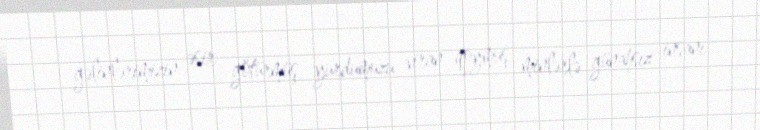
gəlinlərimizin əsir götürmüş, yurdumuzu viran qoymuş, minlərlə günahsız insanı